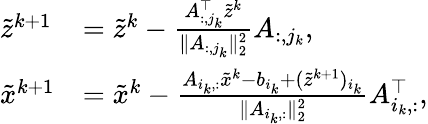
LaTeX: \begin{array}{ll}{\tilde{z}^{k+1}}&{=\tilde{z}^{k}-\frac{A_{:,j_{k}}^{\top}\tilde{z}^{k}}{\| A_{:,j_{k}}\| _{2}^{2}}A_{:,j_{k}},}\\ {\tilde{x}^{k+1}}&{=\tilde{x}^{k}-\frac{A_{i_{k},:}\tilde{x}^{k}-b_{i_{k}}+(\tilde{z}^{k+1})_{i_{k}}}{\| A_{i_{k},:}\| _{2}^{2}}A_{i_{k},:}^{\top},}\end{array}